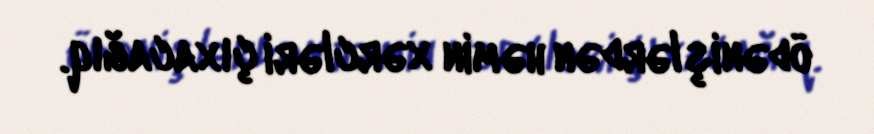
ödənişlərdən həmin xərcləri çıxacağıq.